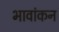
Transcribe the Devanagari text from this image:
भावांकन